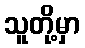
သူတို့မှာ